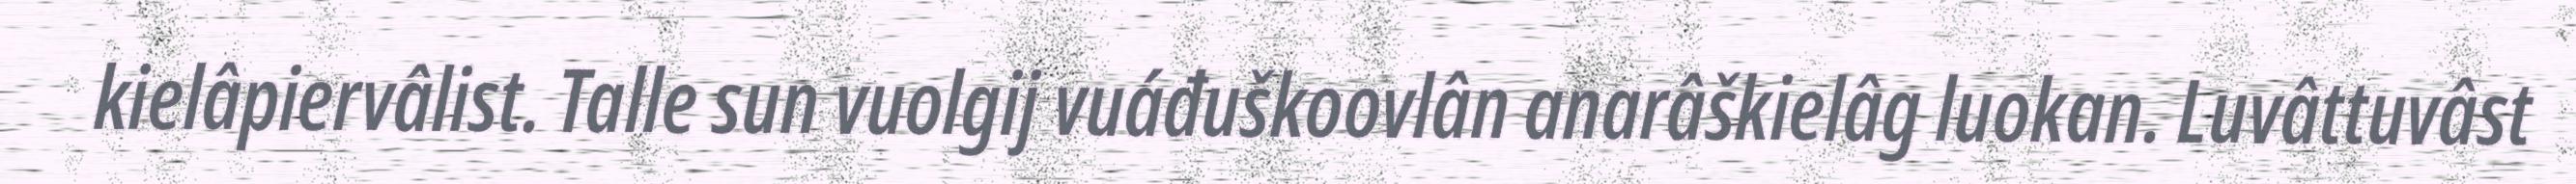
kielâpiervâlist. Talle sun vuolgij vuáđuškoovlân anarâškielâg luokan. Luvâttuvâst